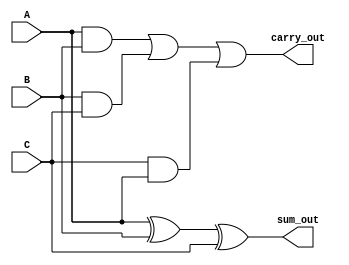
module carry_save_adder (
    input wire [N-1:0] A,
    input wire [N-1:0] B,
    input wire [N-1:0] C,
    output wire [N-1:0] sum_out,
    output wire [N-1:0] carry_out
);
    parameter N = 8; // Width of inputs and outputs

    // Intermediate sum and carry
    wire [N-1:0] sum, carry;
    
    // Generate Partial Sum and Carry
    assign sum = A ^ B ^ C;  // Partial sum using XOR
    assign carry = (A & B) | (B & C) | (C & A); // Carry using AND and OR

    assign sum_out = sum;
    assign carry_out = carry;

endmodule